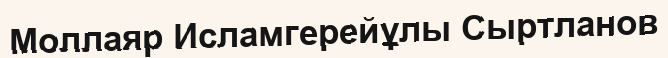
Моллаяр Исламгерейұлы Сыртланов